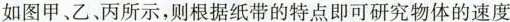
如图甲、乙、丙所示，则根据纸带的特点即可研究物体的速度